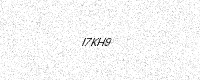
Text: I7KH9